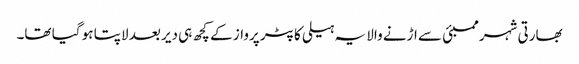
بھارتی شہر ممبئی سے اڑنے والا یہ ہیلی کاپٹر پرواز کے کچھ ہی دیر بعد لاپتا ہو گیا تھا۔